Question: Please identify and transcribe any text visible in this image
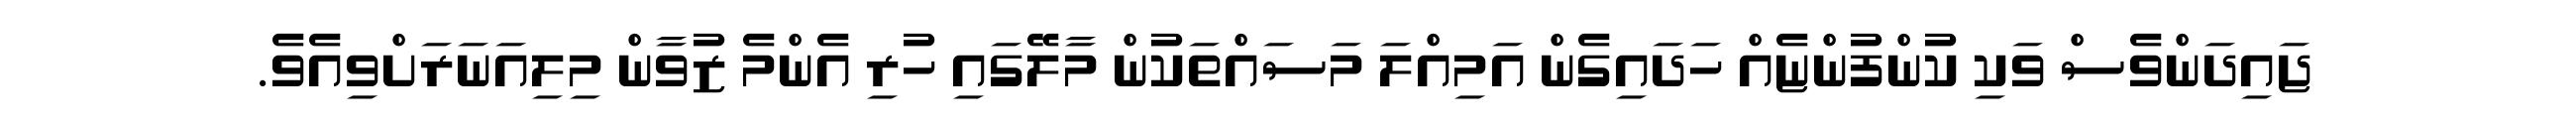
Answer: ޖައިދަންވެސް ވަކި ކުންފުންޏެއް ހަދައިގެން އަމިއްލަ މަސައްތަކުން މާލޭގައި ހުރި އެންމެ ޒުވާން މިލިއަނަރަށްވިއެވެ.